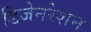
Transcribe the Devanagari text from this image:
डिजेनरेशन